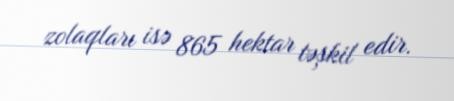
zolaqları isə 865 hektar təşkil edir.